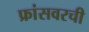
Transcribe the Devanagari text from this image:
फ्रांसवरची